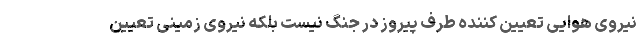
نیروی هوایی تعیین کننده طرف پیروز در جنگ نیست بلکه نیروی زمینی تعیین